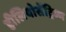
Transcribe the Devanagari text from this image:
हीलियोसेंट्रिज्म